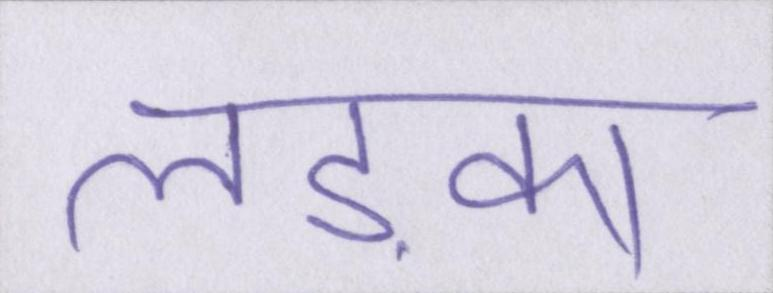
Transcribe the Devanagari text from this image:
लड़का